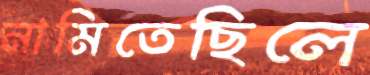
নামিতেছিলে